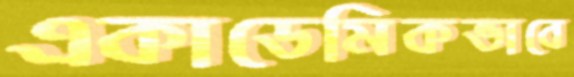
একাডেমিকভাবে